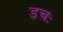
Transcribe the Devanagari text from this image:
डचः